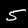
Label: 5